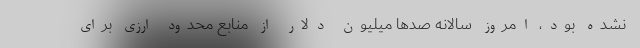
نشده بود، امروز سالانه صدها میلیون دلار از منابع محدود ارزی برای